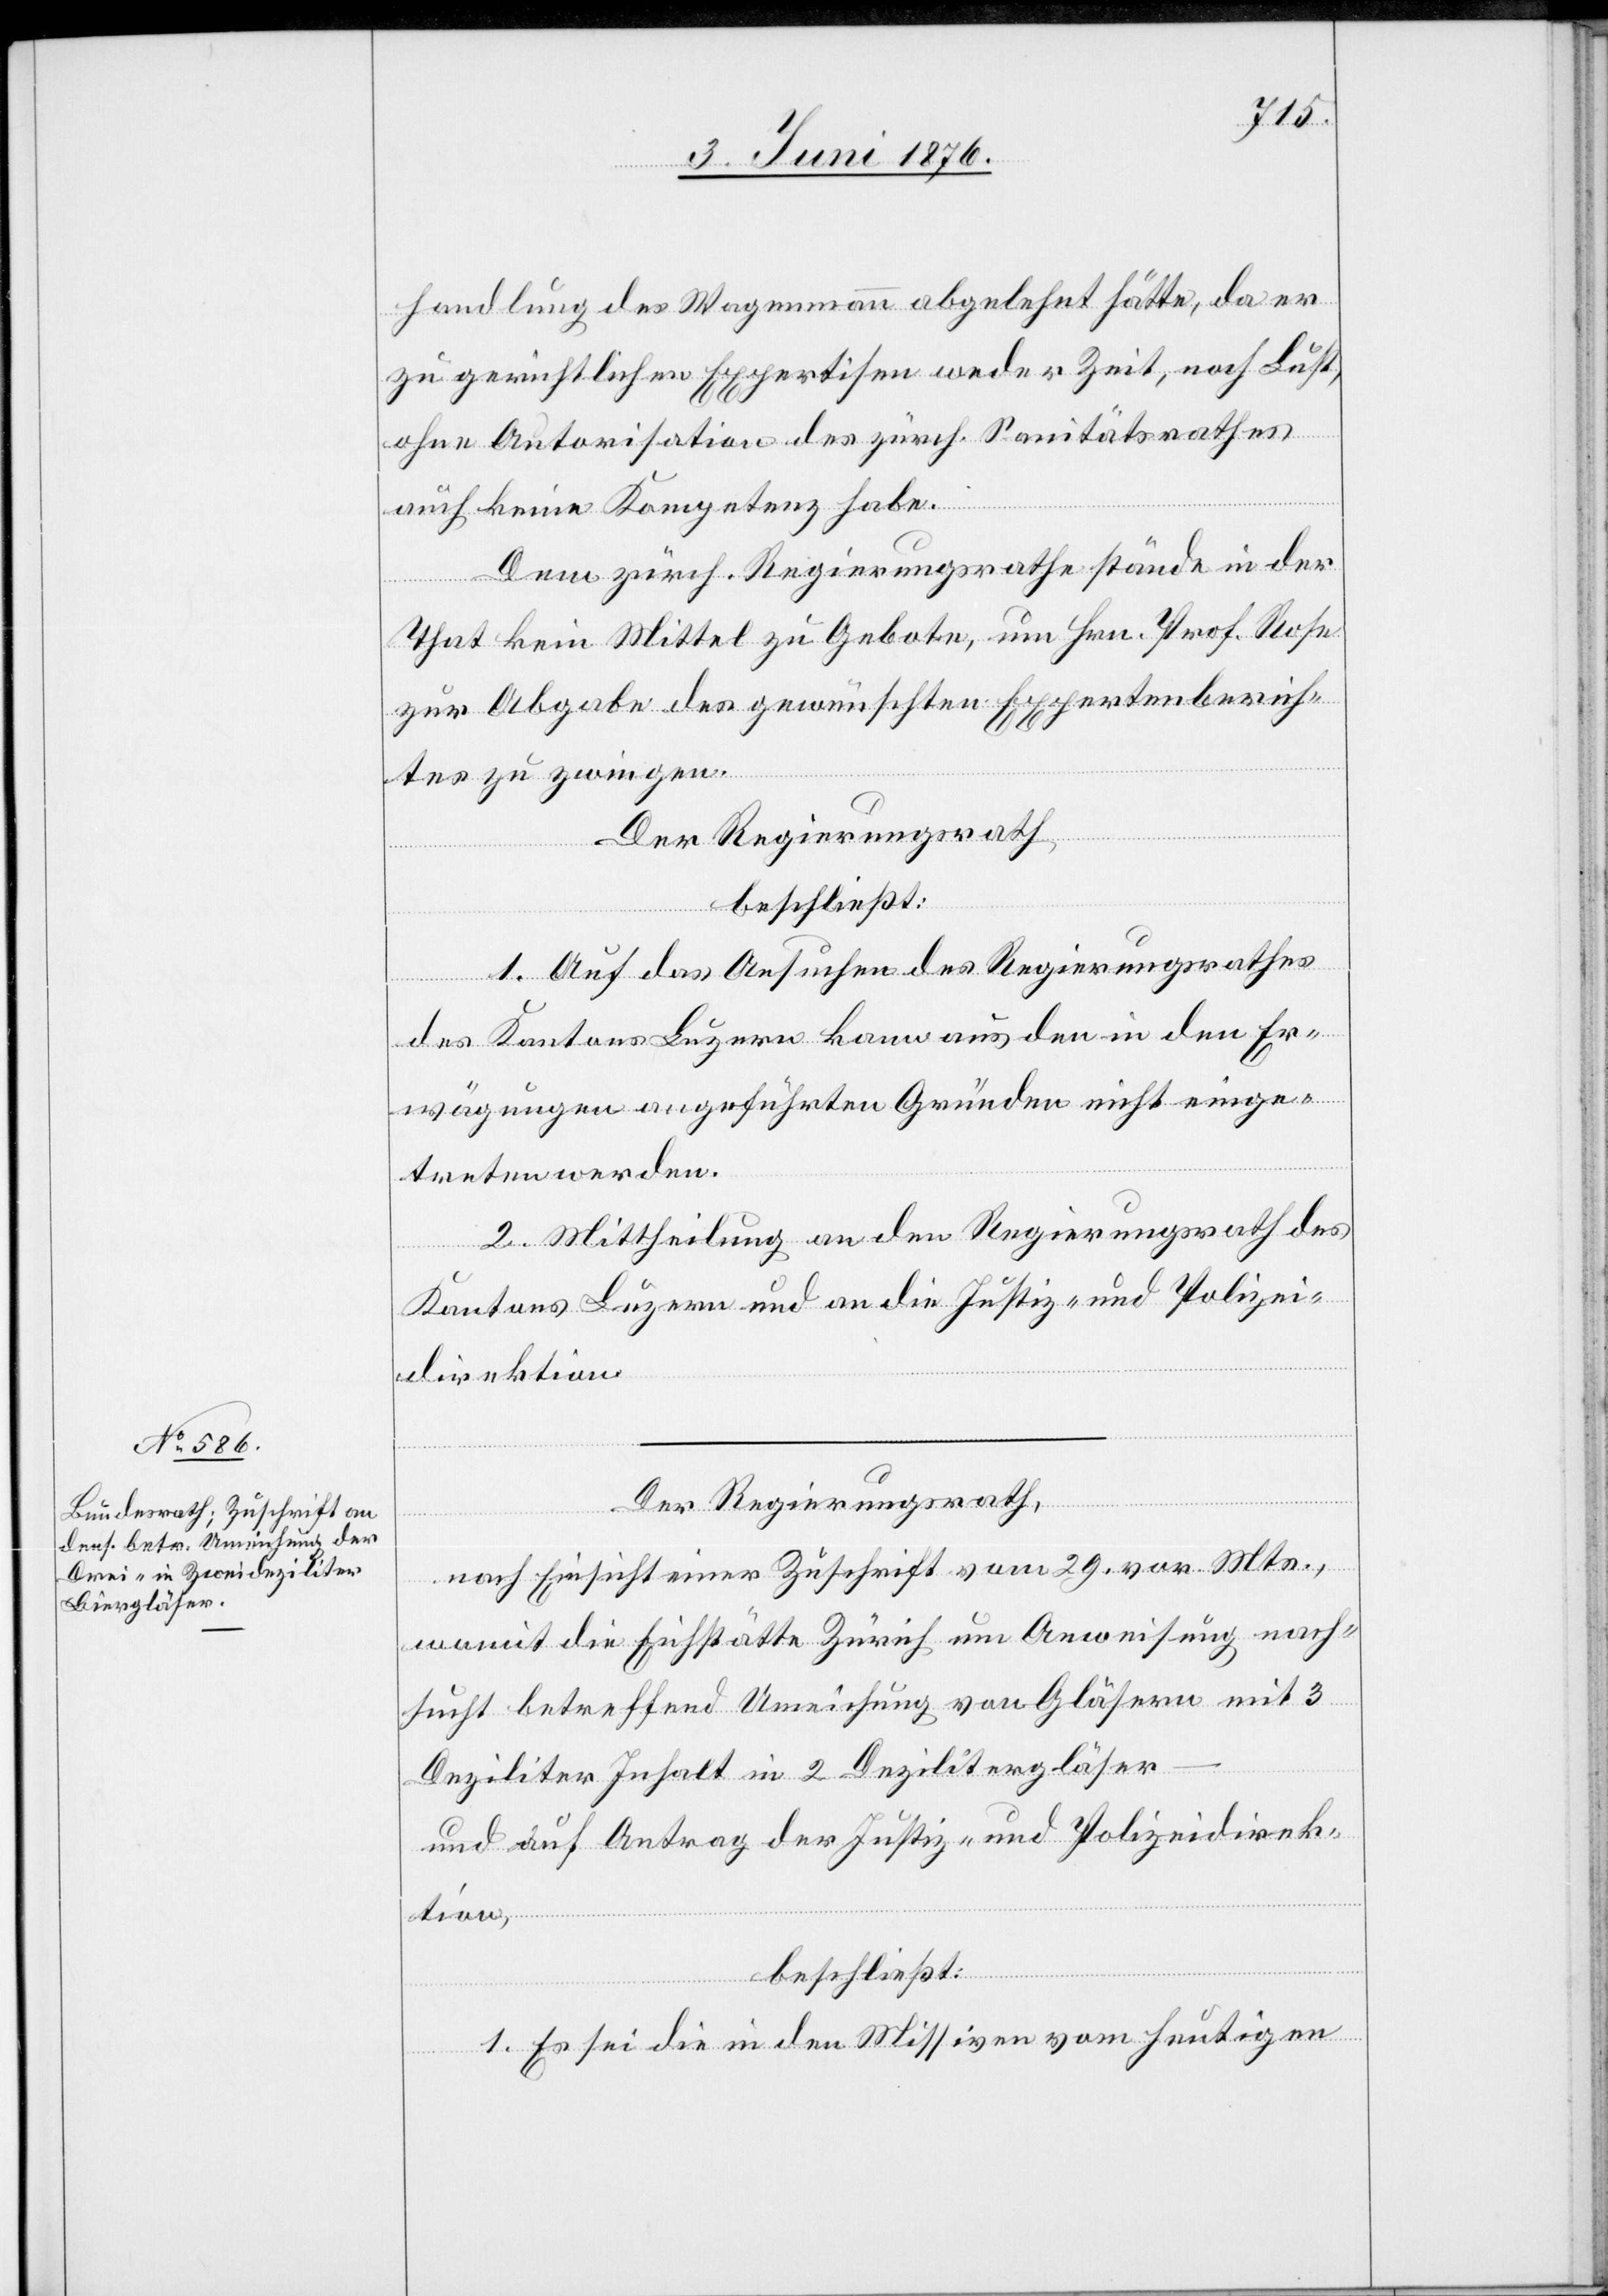
handlung des Wegenmann abgelehnt hätte, da er
zu gerichtlichen Expertisen weder Zeit, noch Lust,
ohne Autorisation des zürch. Sanitätsrathes
auch keine Kompetenz habe.
Dem zürch. Regierungsrathe stände in der
That kein Mittel zu Gebote, um Hrn. Prof. Rose
zur Abgabe des gewünschten Expertenberich¬
tes zu zwingen.
Der Regierungsrath
beschließt:
1. Auf das Ansuchen des Regierungsrathes
des Kantons Luzern kann aus den in den Er¬
wägungen angeführten Gründen nicht einge¬
treten werden.
2. Mittheilung an den Regierungsrath des
Kantons Luzern und an die Justiz- und Polizei¬
direktion.
Der Regierungsrath,
nach Einsicht einer Zuschrift vom 29. vor. Mts.,
womit die Eichstätte Zürich um Anweisung nach¬
sucht betreffend Umeichung vom Gläsern mit 3
Deziliter Inhalt in 2 Dezilitergläser
und auf Antrag der Justiz- und Polizeidirek¬
tion,
beschließt:
1. Es sei die in den Missiven vom heutigen